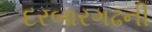
દરબારગઢની